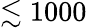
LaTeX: \lesssim 1000